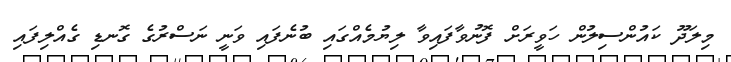
މިލަދޫ ކައުންސިލުން ހަވީރަށް ފޮނުވާފައިވާ ލިޔުމެއްގައި ބުނެފައި ވަނީ ނަސްރުގެ ގޮނޑި ގެއްލިފައި